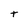
Character: t